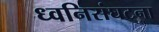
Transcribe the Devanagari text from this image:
ध्वनिसंघटना